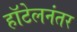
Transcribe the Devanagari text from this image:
हॉटेलनंतर